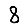
Digit: 8